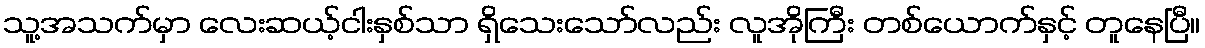
သူ့အသက်မှာ လေးဆယ့်ငါးနှစ်သာ ရှိသေးသော်လည်း လူအိုကြီး တစ်ယောက်နှင့် တူနေပြီ။